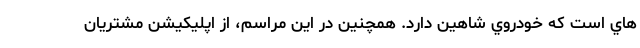
هاي است كه خودروي شاهين دارد. همچنین در این مراسم، از اپلیکیشن مشتریان